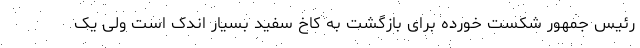
رئیس جمهور شکست خورده برای بازگشت به کاخ سفید بسیار اندک است ولی یک